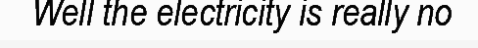
Well the electricity is really no